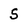
Character: S